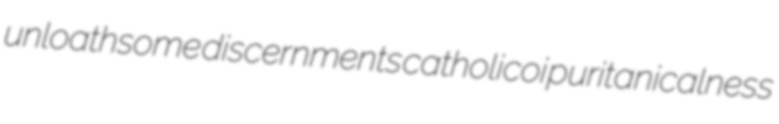
unloathsome discernments catholicoi puritanicalness